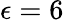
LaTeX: \epsilon=6